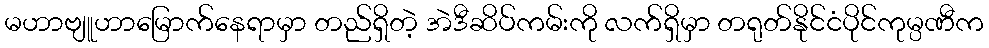
မဟာဗျူဟာမြောက်နေရာမှာ တည်ရှိတဲ့ အဲဒီဆိပ်ကမ်းကို လက်ရှိမှာ တရုတ်နိုင်ငံပိုင်ကုမ္ပဏီက